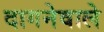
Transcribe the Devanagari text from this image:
दागनेवाले